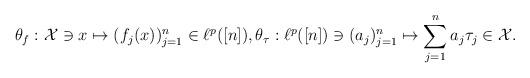
LaTeX: \begin{align*}\theta_f: \mathcal{X} \ni x \mapsto (f_j(x))_{j=1}^n \in \ell^p([n]), \theta_\tau :\ell^p([n])\ni (a_j)_{j=1}^n \mapsto \sum_{j=1}^{n}a_j \tau_j \in \mathcal{X}.\end{align*}